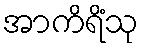
အာကိရိံသု